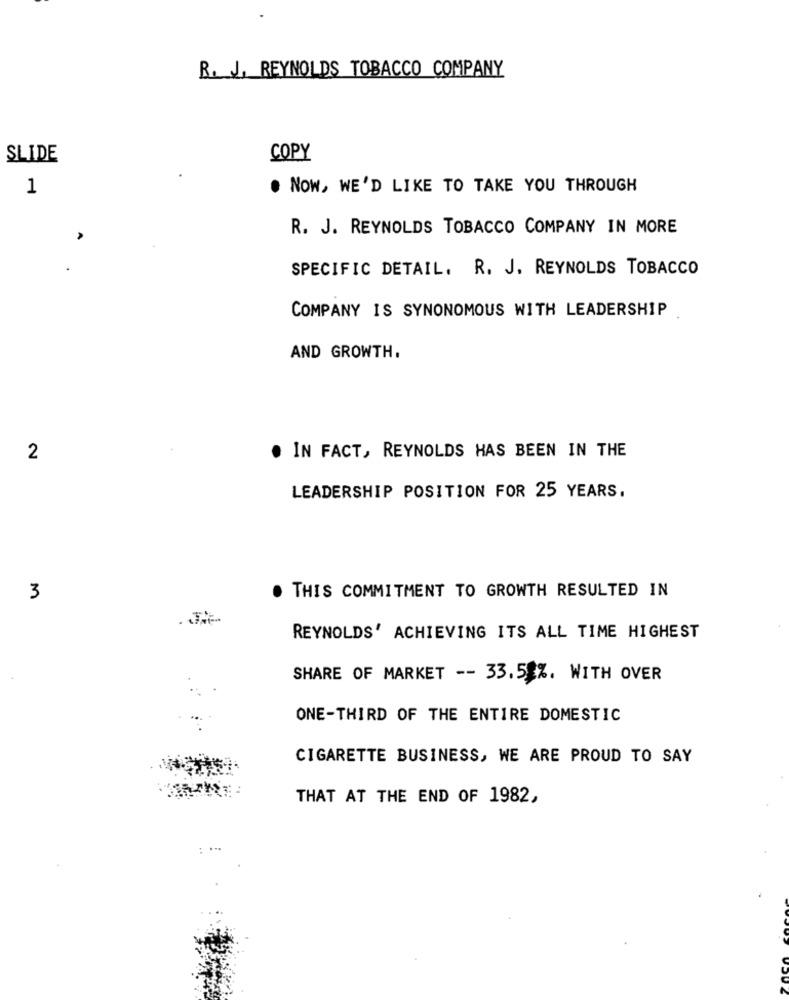
R. J. REYNOLDS TOBACCO COMPANY
SLIDE
COPY
1
. NOW, WE'D LIKE TO TAKE YOU THROUGH
R. J. REYNOLDS TOBACCO COMPANY IN MORE
SPECIFIC DETAIL. R. J. REYNOLDS TOBACCO
COMPANY IS SYNONOMOUS WITH LEADERSHIP
AND GROWTH.
2
IN FACT, REYNOLDS HAS BEEN IN THE
LEADERSHIP POSITION FOR 25 YEARS.
3
. THIS COMMITMENT TO GROWTH RESULTED IN
REYNOLDS' ACHIEVING ITS ALL TIME HIGHEST
SHARE OF MARKET -- 33.5 %. WITH OVER
ONE-THIRD OF THE ENTIRE DOMESTIC
CIGARETTE BUSINESS, WE ARE PROUD TO SAY
THAT AT THE END OF 1982,